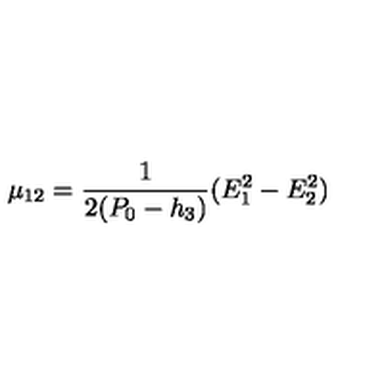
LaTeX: \mu _ { 1 2 } = { \frac { 1 } { 2 ( P _ { 0 } - h _ { 3 } ) } } ( E _ { 1 } ^ { 2 } - E _ { 2 } ^ { 2 } )